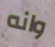
وانه